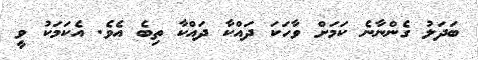
ބަދަލު ގެންނާނެ ކަމަށް ވާހަކަ ދައްކާ ދައްކާ ތިބެ އެވެ. އެކަމަކު ވީ